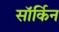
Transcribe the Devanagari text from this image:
सॉर्किन